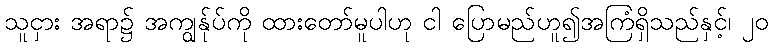
သူငှား အရာ၌ အကျွန်ုပ်ကို ထားတော်မူပါဟု ငါ ပြောမည်ဟူ၍အကြံရှိသည်နှင့်၊ ၂၀